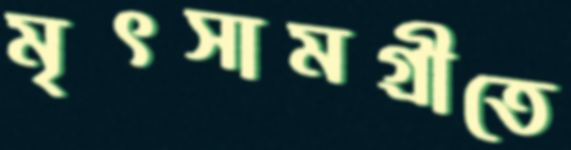
মৃৎসামগ্রীতে